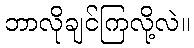
ဘာလိုချင်ကြလို့လဲ။